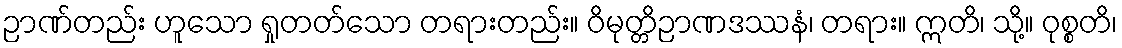
ဉာဏ်တည်း ဟူသော ရှုတတ်သော တရားတည်း။ ဝိမုတ္တိဉာဏဒဿနံ၊ တရား။ ဣတိ၊ သို့။ ဝုစ္စတိ၊